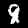
Label: 8